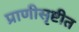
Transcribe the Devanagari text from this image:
प्राणीसृष्टीत